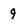
Character: 9